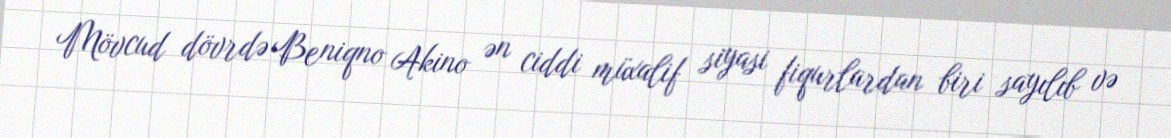
Mövcud dövrdə Beniqno Akino ən ciddi müxalif siyasi fiqurlardan biri sayılıb və